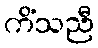
ကိံသညီ